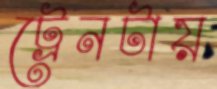
ট্রেনটায়